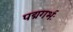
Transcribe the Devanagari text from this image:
पद्मगर्भः